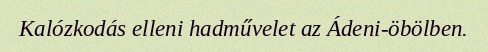
Kalózkodás elleni hadművelet az Ádeni-öbölben.